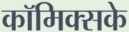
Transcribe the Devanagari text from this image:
कॉमिक्सके